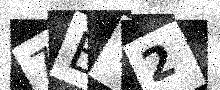
Text: 7ET2